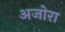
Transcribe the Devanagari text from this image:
अजोरा